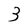
Character: 3